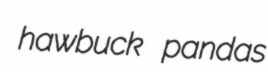
hawbuck pandas